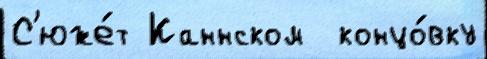
С'юже́т Каннском  концо́вку